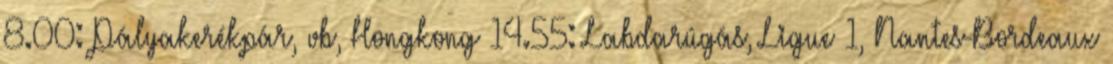
8.00: Pályakerékpár, vb, Hongkong 14.55: Labdarúgás, Ligue 1, Nantes-Bordeaux